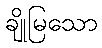
ချိုမြသော